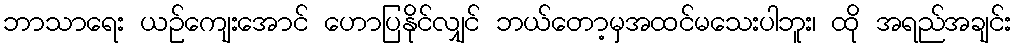
ဘာသာရေး ယဉ်ကျေးအောင် ဟောပြနိုင်လျှင် ဘယ်တော့မှအထင်မသေးပါဘူး၊ ထို အရည်အချင်း